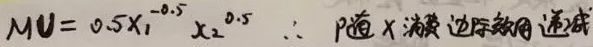
\[MU = 0.5x_{1}^{-0.5}x_{2}^{0.5}\]
\(\therefore\) 随\(x_{1}\)消费边际效用递减